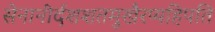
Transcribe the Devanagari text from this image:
सेनानीर्दशशतमुखैरप्यहिपति